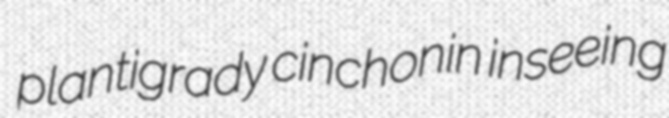
plantigrady cinchonin inseeing